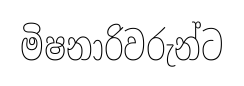
මිෂනාරිවරුන්ට